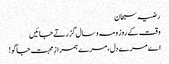
رضیہ سبحان
وقت کے روز و مہ و سال گزرتے جائیں
اے مرے دل،مرے ہمرازِ محبت جاگو !